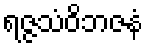
ရဇ္ဇသံဝိဘဇနံ